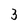
Character: 3